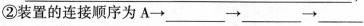
②装置的连接顺序为A\rightarrow ___\rightarrow ___\rightarrow___